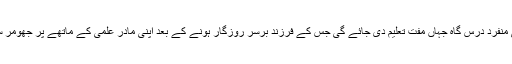
دُنیا کی پہلی منفرد درس گاہ جہاں مفت تعلیم دی جائے گی جس کے فرزند برسرِ روزگار ہونے کے بعد اپنی مادر علمی کے ماتھے پر جھومر سجائیں گے ۔